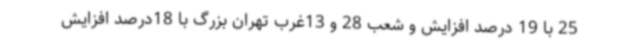
25 با 19 درصد افزایش و شعب 28 و 13غرب تهران بزرگ با 18درصد افزایش